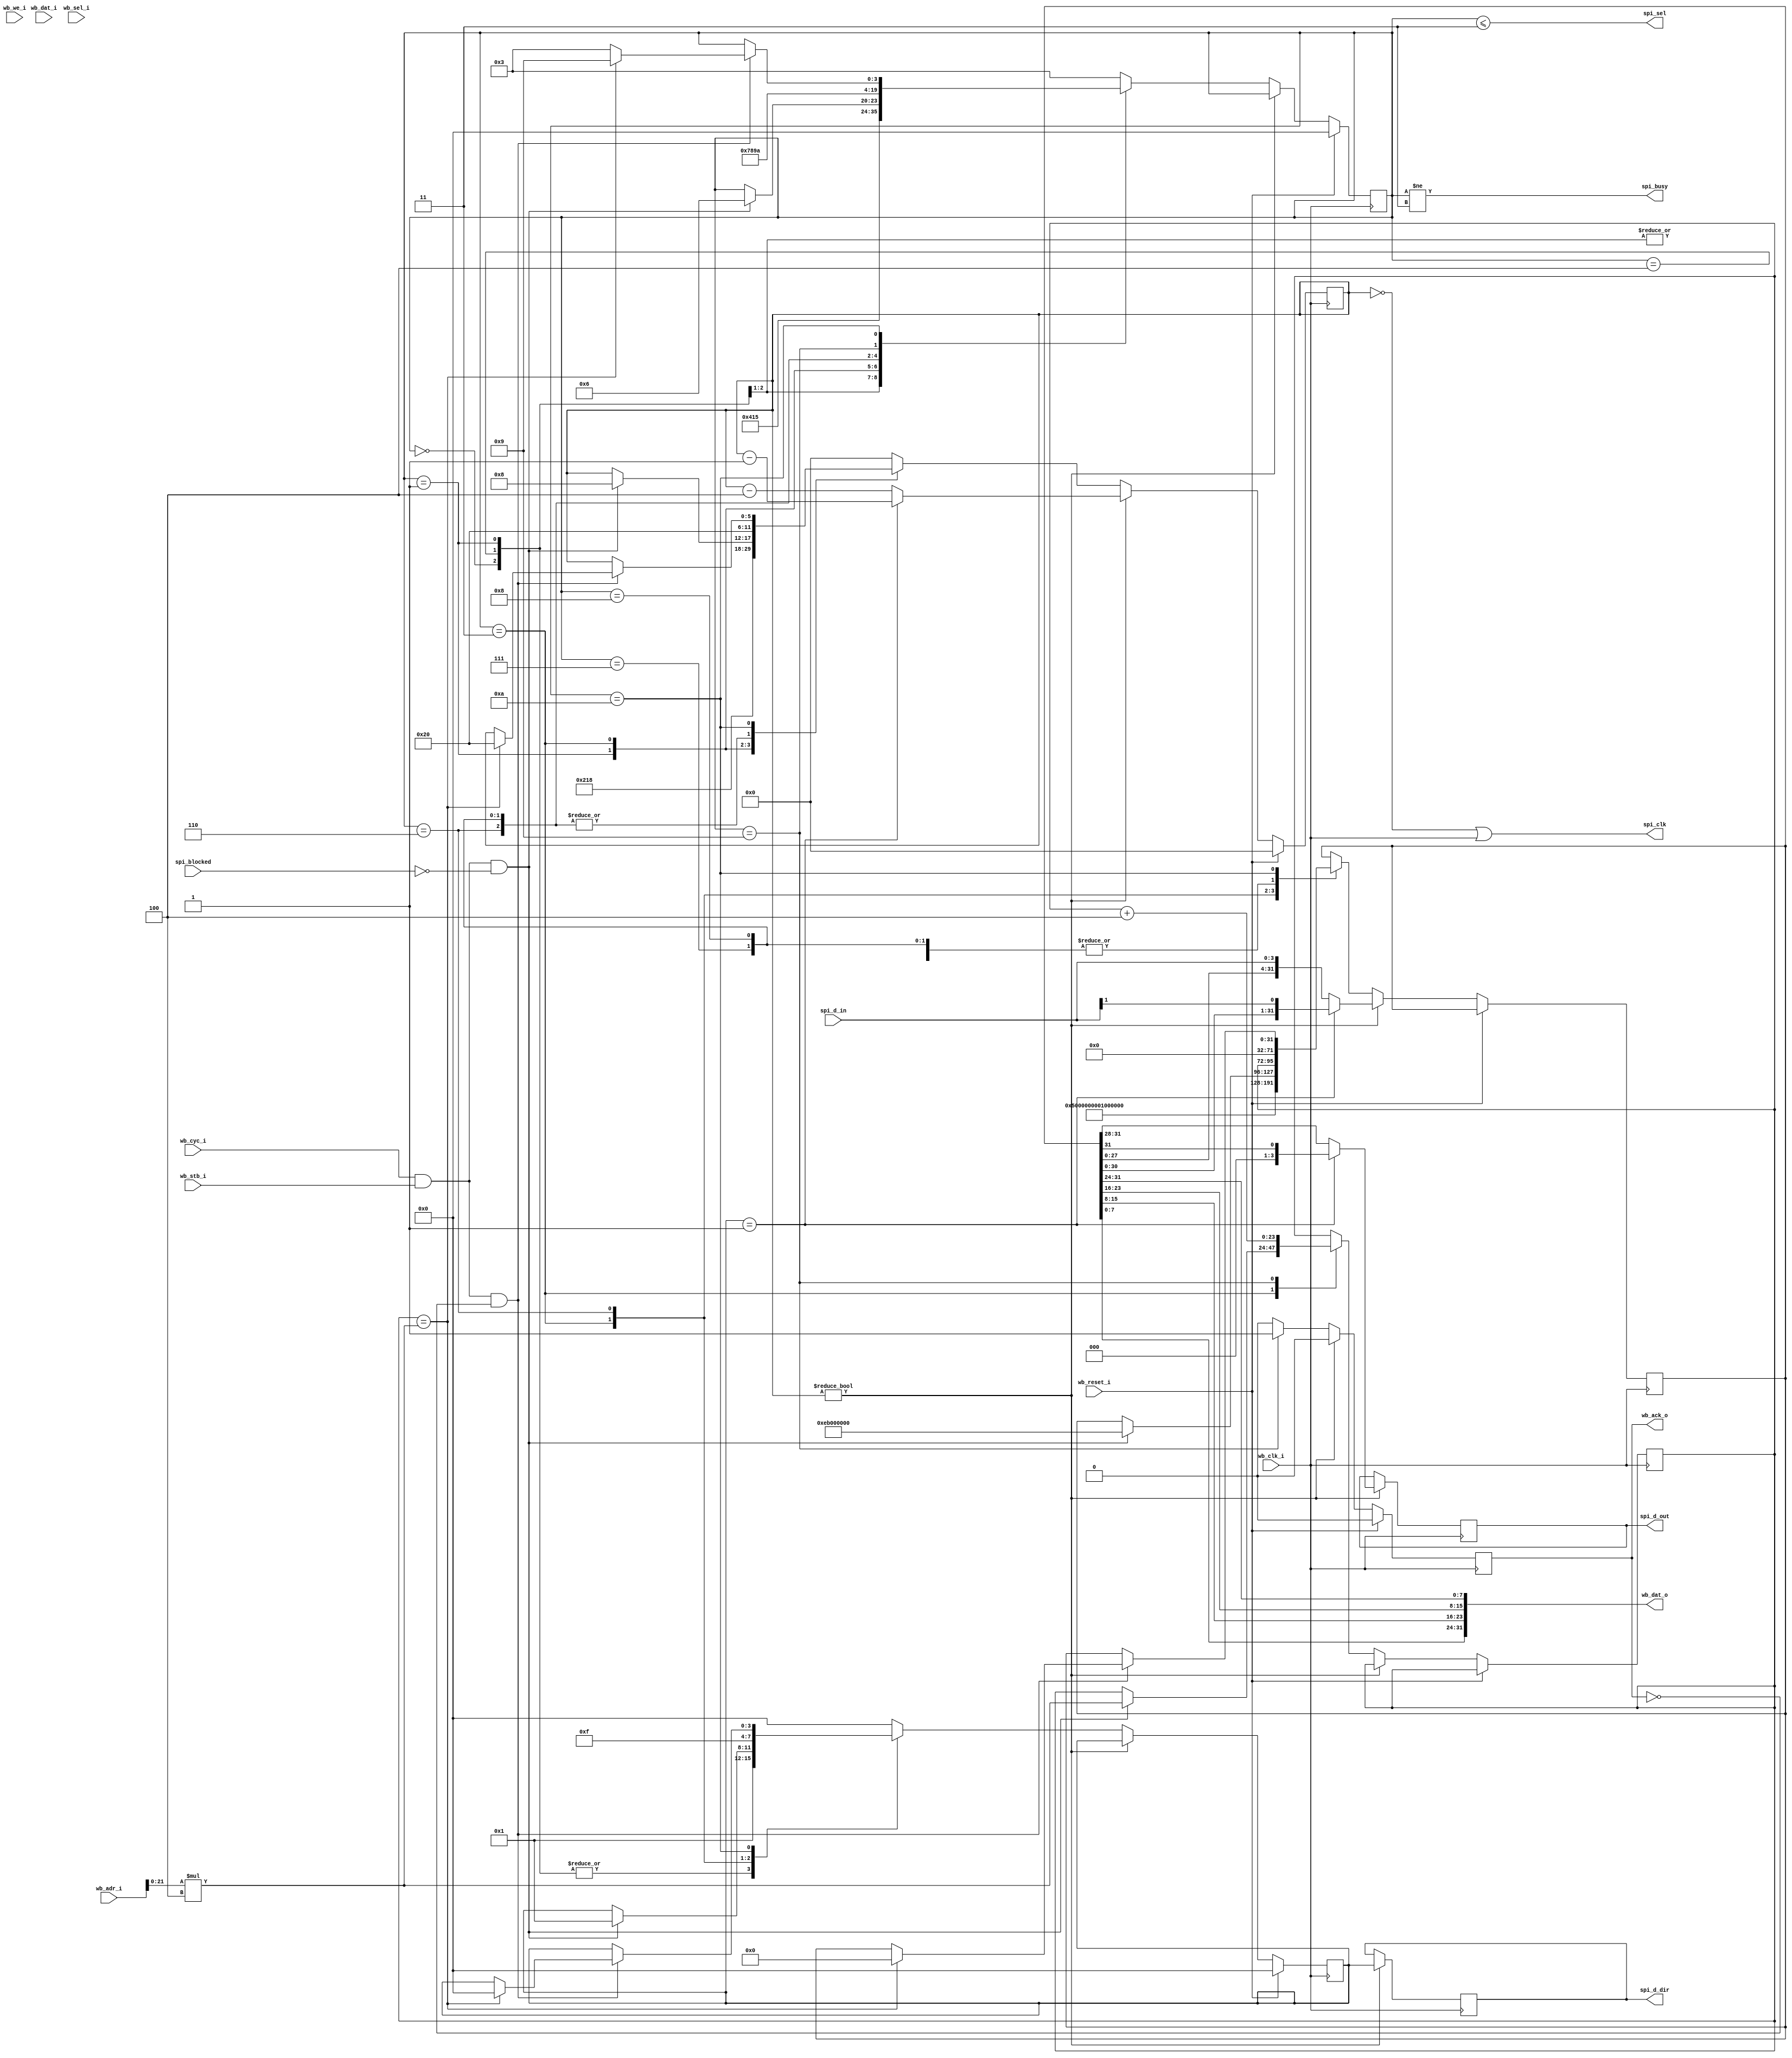
/*
 * This file is part of the RISCy-ICE project.
 *
 * The MIT License (MIT)
 *
 * Copyright (c) 2021 Matthew Peters - matthew@ottersoft.ca
 *
 * Permission is hereby granted, free of charge, to any person obtaining a copy
 * of this software and associated documentation files (the "Software"), to deal
 * in the Software without restriction, including without limitation the rights
 * to use, copy, modify, merge, publish, distribute, sublicense, and/or sell
 * copies of the Software, and to permit persons to whom the Software is
 * furnished to do so, subject to the following conditions:
 *
 * The above copyright notice and this permission notice shall be included in
 * all copies or substantial portions of the Software.
 *
 * THE SOFTWARE IS PROVIDED "AS IS", WITHOUT WARRANTY OF ANY KIND, EXPRESS OR
 * IMPLIED, INCLUDING BUT NOT LIMITED TO THE WARRANTIES OF MERCHANTABILITY,
 * FITNESS FOR A PARTICULAR PURPOSE AND NONINFRINGEMENT. IN NO EVENT SHALL THE
 * AUTHORS OR COPYRIGHT HOLDERS BE LIABLE FOR ANY CLAIM, DAMAGES OR OTHER
 * LIABILITY, WHETHER IN AN ACTION OF CONTRACT, TORT OR OTHERWISE, ARISING FROM,
 * OUT OF OR IN CONNECTION WITH THE SOFTWARE OR THE USE OR OTHER DEALINGS IN
 * THE SOFTWARE.
 */
`default_nettype none

module wb_qspi_flash #(
    parameter AW   = 24,
    parameter DW   = 32
)  (
    input wire              wb_reset_i,
    input wire              wb_clk_i,

    // Wishbone interface
    input wire [AW-1:0]     wb_adr_i,
    input wire [DW-1:0]     wb_dat_i,
    output wire [DW-1:0]    wb_dat_o,
    input wire              wb_we_i,
    input wire [(DW/8)-1:0] wb_sel_i,
    input wire              wb_stb_i,
    input wire              wb_cyc_i,
    output reg              wb_ack_o,

    // some blocking signals (for other SPI devices)
    input wire              spi_blocked,
    output wire             spi_busy,
    
    // (Q)SPI interface
    output wire             spi_clk,
    output wire             spi_sel,
    output reg [3:0]        spi_d_out,
    input wire [3:0]        spi_d_in,
    output reg [3:0]        spi_d_dir
    );
    
    localparam XFER_STATE_INIT      = 4'h0; /* Reset state */
    localparam XFER_STATE_WR_CSEL   = 4'h1; /* Release CSEL after write-enable. */
    localparam XFER_STATE_IDLE      = 4'h3; /* Flash is idle and ready for access. */
    localparam XFER_STATE_WR_ENABLE = 4'h4; /* Sending a Write-Enable command. */
    localparam XFER_STATE_WR_STATUS = 4'h5; /* Writing to the status registers. */
    localparam XFER_STATE_COMMAND   = 4'h6; /* Issuing a read command. */
    localparam XFER_STATE_ADDRESS   = 4'h7; /* Issuing the read address and XIP mode bits. */
    localparam XFER_STATE_DUMMY     = 4'h8; /* Dummy clocks for the flash read latency. */
    localparam XFER_STATE_READ      = 4'h9; /* Transferring data from the flash. */
    localparam XFER_STATE_DONE      = 4'hA; /* Waiting with CSEL active for a sequential access. */
    
    localparam SPI_XIP_MODE_BITS  = 8'h00;
    localparam SPI_WRENV_COMMAND  = 8'h50;  /* Write-Enable to Volatile Registers command. */
    localparam SPI_WR_REG_COMMAND = 8'h01;  /* Write Status Registers command. */
    localparam SPI_READ_COMMAND   = 8'hEB;  /* Quad I/O Read command (1-4-4) */
    localparam SPI_READ_DUMMY_CLOCKS = 8;   /* Cypress S25064L Series - 8 dummy clocks. */

    
    localparam SPI_ADDR_BITS = 24;
    localparam WB_ADDR_BITS = SPI_ADDR_BITS-$clog2(DW/8);
    wire [SPI_ADDR_BITS-1:0] wb_addr_local;
    assign wb_addr_local = wb_adr_i[WB_ADDR_BITS-1:0] * (DW/8);
    
    reg [3:0]  xfer_state = XFER_STATE_INIT;
    reg [5:0]  xfer_bits = 0;
    reg [3:0]  xfer_dir = 0;
    reg [SPI_ADDR_BITS-1:0] xfer_addr = 0;
    reg [31:0] xfer_data = 0;
    assign spi_sel = (xfer_state <= XFER_STATE_IDLE);
    assign spi_clk = (xfer_bits == 0) || wb_clk_i;
    
    // Swap endianness when outputting data to wishbone.
    genvar i;
    generate
        for (i = 0; i < DW; i = i + 8) begin
            assign wb_dat_o[i+7 : i] = xfer_data[DW-i-1 : DW-i-8];
        end
    endgenerate
    
    // Output data on SPI clock falling edge.
    always @(negedge wb_clk_i) begin
        if (xfer_bits != 0) begin
            spi_d_dir <= xfer_dir;
            if (xfer_dir == 4'b0001) begin
                // SPI mode
                spi_d_out <= {3'b000, xfer_data[DW-1]};
            end else begin
                // Quad mode
                spi_d_out <= xfer_data[DW-1:DW-4];
            end
        end
    end
    
    // Update the state machine on rising edge.
    always @(posedge wb_clk_i) begin
        // Hold ACK until the read completes.
        wb_ack_o     <= 1'b0;

        // Reset back into the init state.
        if (wb_reset_i) begin
            xfer_bits  <= 0;
            xfer_dir   <= 4'b0000;
            xfer_state <= XFER_STATE_INIT;
        end
        // Transfer bits on rising edge.
        else if (xfer_bits != 0) begin
            if (xfer_dir == 4'b0001) begin
                // SPI mode
                xfer_bits <= xfer_bits - 1;
                xfer_data <= {xfer_data[30:0], spi_d_in[1]};
            end else begin
                // Quad mode
                xfer_bits <= xfer_bits - 4;
                xfer_data <= {xfer_data[27:0], spi_d_in[3:0]};
            end
        end
        // Change state when we run out of bits to transfer.
        else case (xfer_state)
            XFER_STATE_INIT : begin
                // Start by enabling writes to the volatile status registers.
                xfer_state <= XFER_STATE_WR_ENABLE;
                xfer_data  <= {SPI_WRENV_COMMAND, 24'b0};
                xfer_dir   <= 4'b0001;
                xfer_bits  <= 8;
            end
            XFER_STATE_WR_ENABLE : begin
                // Hold CSEL low for a few clocks.
                xfer_state <= XFER_STATE_WR_CSEL;
                xfer_data  <= 32'b0;
                xfer_dir   <= 4'b0001;
                xfer_bits  <= 8;
            end
            XFER_STATE_WR_CSEL : begin
                // Write the volatile status and config registers.
                xfer_state <= XFER_STATE_WR_STATUS;
                xfer_dir   <= 4'b0001;
                xfer_bits <= 24;
                xfer_data <= {
                    SPI_WR_REG_COMMAND,
                    8'h00, // Status Register 1 Volatile (No Register protection)
                    8'h02, // Config Register 1 Volatile (Quad I/O enabled)
                    8'h00  // Padding - not sent.
                };
            end
            XFER_STATE_WR_STATUS : begin
                // The flash is idle after writing the status registers.
                xfer_bits  <= 0;
                xfer_dir   <= 4'b0000;
                xfer_state <= XFER_STATE_IDLE;
            end
            XFER_STATE_IDLE : begin
                // Start a new read command.
                if (wb_cyc_i && wb_stb_i && !spi_blocked) begin
                    xfer_state <= XFER_STATE_COMMAND;
                    xfer_addr  <= wb_addr_local;
                    xfer_dir   <= 4'b0001;
                    xfer_data  <= {SPI_READ_COMMAND, 24'b0};
                    xfer_bits  <= 8;
                end
            end
            XFER_STATE_COMMAND : begin
                // Send the address and XIP mode bits after the command.
                xfer_data[31:0] <= { xfer_addr, SPI_XIP_MODE_BITS };
                xfer_bits  <= 32;
                xfer_dir   <= 4'b1111;
                xfer_state <= XFER_STATE_ADDRESS;
            end
            XFER_STATE_ADDRESS : begin
                // Send dummy clocks after the address and mode bits.
                xfer_data  <= 0;
                xfer_bits  <= (SPI_READ_DUMMY_CLOCKS * 4);
                xfer_dir   <= 4'b0000;
                xfer_state <= XFER_STATE_DUMMY;
            end
            XFER_STATE_DUMMY : begin
                // Receive data after the dummy clocks.
                xfer_data  <= 0;
                xfer_bits  <= DW;
                xfer_dir   <= 4'b0000;
                xfer_state <= XFER_STATE_READ;
            end
            XFER_STATE_READ : begin
                // Send the wishbone ACK when read completes, and
                // switch to the DONE state to leave CSEL active
                // in case we get a sequential access.
                wb_ack_o   <= 1'b1;
                xfer_addr  <= xfer_addr + (DW/8);
                xfer_bits  <= 0;
                xfer_dir   <= 4'b0000;
                xfer_state <= XFER_STATE_DONE;
            end
            XFER_STATE_DONE : begin
                if (wb_cyc_i && wb_stb_i && !wb_ack_o) begin
                    // Continue the read command on sequential addressing.
                    if (xfer_addr == wb_addr_local) begin
                        xfer_data  <= 0;
                        xfer_dir   <= 4'b0000;
                        xfer_bits  <= DW;
                        xfer_state <= XFER_STATE_READ;
                    end
                    // Otherwise, start a new command on discontinuous addressing.
                    else begin
                        xfer_state <= XFER_STATE_IDLE;
                    end
                end
            end
            default : begin
                xfer_bits  <= 0;
                xfer_dir   <= 4'b0000;
                xfer_state <= XFER_STATE_IDLE;
            end
        endcase
    end

    assign spi_busy = xfer_state != XFER_STATE_IDLE;

endmodule